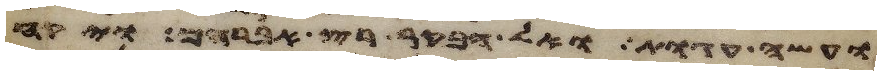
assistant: ועשה עגות ואל הבקר רץ אברהם ויקח